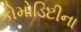
કોમોડિટીના